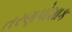
તરણપોશાક